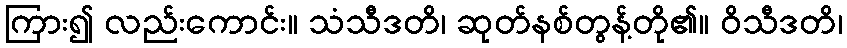
ကြား၍ လည်းကောင်း။ သံသီဒတိ၊ ဆုတ်နစ်တွန့်တို၏။ ဝိသီဒတိ၊